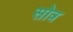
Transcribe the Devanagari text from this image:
सोत्र